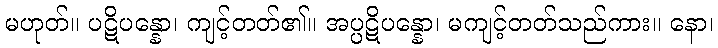
မဟုတ်။ ပဋိပန္နော၊ ကျင့်တတ်၏။ အပ္ပဋိပန္နော၊ မကျင့်တတ်သည်ကား။ နော၊